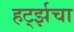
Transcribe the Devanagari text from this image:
हर्ट्झचा